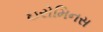
ઇરોમિનસ